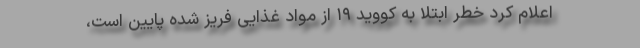
اعلام کرد خطر ابتلا به کووید ۱۹ از مواد غذایی فریز شده پایین است،